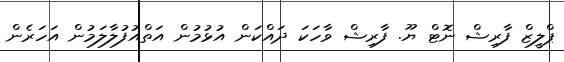
ޕްލީޒް ފާރިޝް ނޮޓް ޔޫ. ފާރިޝް ވާހަކަ ދައްކަން އުޅުމުން އަތްއުފުލާލަމުން އަހަރެން